Vaccination in Bombay 1913-1923 - 1913-1923
Year: 1913
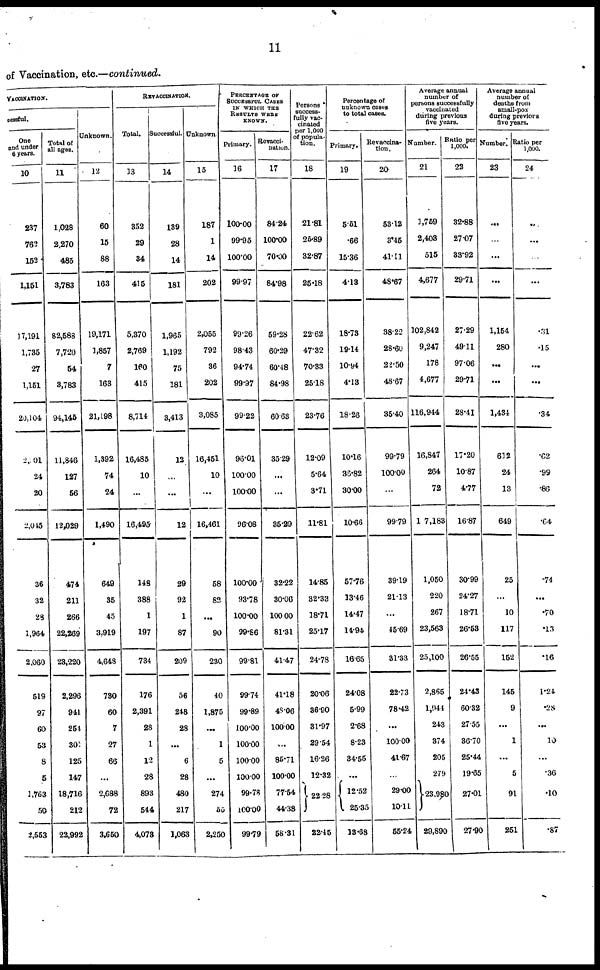
11
of Vaccination, etc.—continued.
VACCINATION.
cessful.
One
and under
6 years.
10
237
762
152
1,151
17,191
1,735
27
1,161
20,104
2,001
24
20
2,045
36
32
28
1,964
2,060
519
97
60
53
8
5
1,763
50
2,553
Total of
all ages.
11
1,028
2,270
485
3,783
82,588
7,720
54
3,783
94,145
11,846
127
56
12,029
474
211
266
22,269
23,220
2,296
941
254
301
125
147
18,716
212
22,992
Unknown.
12
60
15
88
163
19,171
1,857
7
163
21,198
1,392
74
24
1,490
649
35
45
3,919
4,648
730
60
7
27
66
...
2,688
72
3,650
REVACCINATION.
Total.
13
352
29
34
415
5,370
2,769
160
415
8,714
16,485
10
...
16,495
148
388
1
197
734
176
2,391
28
1
12
28
893
544
4,078
Successful.
14
139
28
14
181
1,965
1,192
75
181
3,413
12
...
...
12
29
92
1
87
209
56
248
28
...
6
28
480
217
1,063
Unknown.
15
187
1
14
202
2,055
792
36
202
3,085
16,451
10
...
16,461
58
82
...
90
230
40
1,875
...
1
5
...
274
55
2,250
PERCENTAGE OF
SUCCESSFUL CASES
IN WHICH THE
RESULTS WERE
KNOWN.
Primary.
16
100.00
99.95
100.00
99.97
99.26
98.43
94.74
99.97
99.22
96.01
100.00
100.00
96.08
100.00
93.78
100.00
99.86
99.81
99.74
99.89
100.00
100.00
100.00
100.00
99.78
100.00
99.79
Revacci¬
nation.
17
84.24
100.00
70.00
84.98
59.28
60.29
60.48
84.98
60.63
35.29
...
...
35.29
32.22
30.06
100.00
81.31
41.47
41.18
48.06
100.00
...
85.71
100.00
77.54
44.38
58.31
Persons
success-
fully vac-
cinated
per 1,000
of popula-
tion.
18
21.81
26.89
32.87
25.18
22.62
47.32
70.33
25.18
23.76
12.09
5.64
3.71
11.81
14.85
32.33
18.71
25.17
24.78
20.06
36.90
31.97
29.54
16.26
12.32
22.28
22.15
Percentage of
unknown cases
to total cases.
Primary.
19
5.51
.66
15.36
4.13
18.73
19.14
10.94
4.13
18.26
10.16
36.82
30.00
10.66
57.76
13.46
14.47
14.94
16.65
24.08
5.99
2.68
8.23
34.55
...
12.52
25.35
18.68
Revaccina¬
tion.
20
53.12
3.45
41.11
48.67
38.22
28.60
22.50
48.67
35.40
99.79
100.00
...
99.79
39.19
21.13
...
45.69
31.33
22.73
78.42
...
100.00
41.67
...
29.00
10.11
65.24
Average annual
number of
persons successfully
vaccinated
during previous
five years.
Number.
21
1,759
2,403
515
4,677
102,842
9,247
178
4,677
116,944
16,847
264
72
107,183
1,050
220
267
23,563
25,100
2,865
1,944
243
374
205
279
23,980
29,890
Ratio per
1,000.
22
32.88
27.07
33.92
29.71
27.29
49.11
97.06
29.71
28.41
17.20
10.87
4.77
16.87
30.99
24.27
18.71
26.53
26.55
24.43
60.32
27.55
36.70
25.44
19.65
27.01
27.90
Average annual
number of
deaths from
small-pox
during previous
five years.
Number.
23
...
...
...
...
1,154
280
...
...
1,434
632
24
13
649
25
...
10
117
152
145
9
...
1
...
5
91
251
Ratio per
1,000.
24
...
...
...
...
.31
.15
...
...
.34
.62
.99
.86
.64
.74
...
.70
.13
.16
1.24
.28
...
10
...
.36
.10
.87